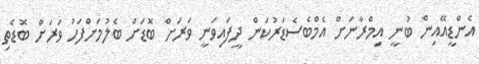
އެންޑީއޭއިން ބުނީ އިމްރާނަށް އެމްބެސެޑަރުކަން ދީފައިވަނީ ވަރަށް ބޮޑަށް ބެލުމަށްފަހު ވަރަށް ބޮޑެތި